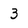
Character: 3